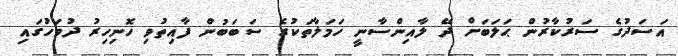
އަސަދުގެ ސަރުކާރުން ޙަލަބަށް ދޭ ލާއިންސާނީ ހަމަލާތަކުގެ ސަބަބުން ފާއިތުވި ހޮނިހިރު ދުވަހުގައި